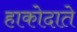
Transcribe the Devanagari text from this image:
हाकोदाते